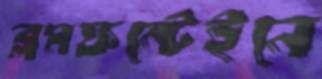
ব্লমফন্টেইনে